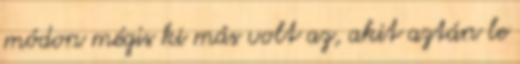
módon mégis ki más volt az, akit aztán le